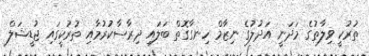
ތުރުކީ ވިލާތުގެ މަދަނީ އަދުލުގެ ނިޒާމް ހިނގާގޮތް ބަލައި ދިރާސާކުރުމާއި ތުރުކީގައި ޖުޑީޝަލް